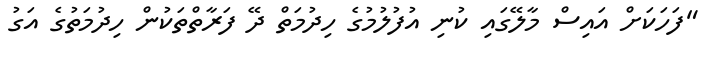
"ފަހަކަށް އައިސް މާލޭގައި ކުނި އުފުލުމުގެ ހިދުމަތް ދޭ ފަރާތްތަކުން ހިދުމަތުގެ އަގު